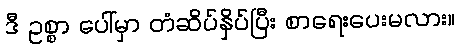
ဒီ ဥစ္စာ ပေါ်မှာ တံဆိပ်နှိပ်ပြီး စာရေးပေးမလား။